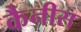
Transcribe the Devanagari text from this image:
कैनीस